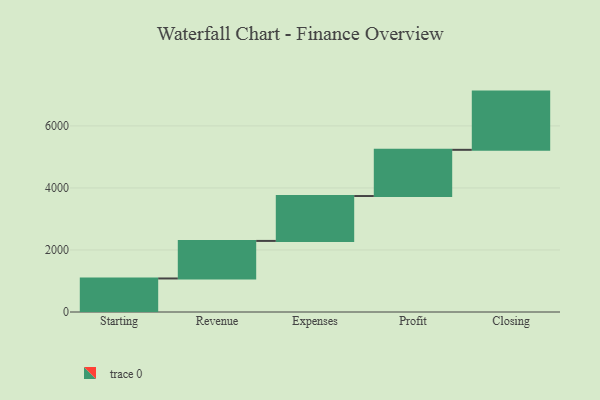
{"axis": {"x": "Step", "y": "Value"}, "legend": [""], "data": [{"x": "Starting", "y": 1081.0, "type": ""}, {"x": "Revenue", "y": 1211.0, "type": ""}, {"x": "Expenses", "y": 1447.0, "type": ""}, {"x": "Profit", "y": 1490.0, "type": ""}, {"x": "Closing", "y": 1877.0, "type": ""}]}